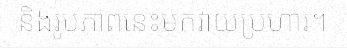
និងរូបភាពនេះមកវាយប្រហារ។